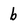
Character: b